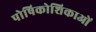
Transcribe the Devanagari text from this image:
पोषिकोशिकाओं